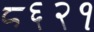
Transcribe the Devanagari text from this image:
८६२१